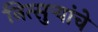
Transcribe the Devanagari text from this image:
नित्सुर्‍यांचे